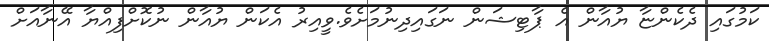
ކަމުގައި ދެކެންޏާ ޔުއާން އެ ޕާޓިޝަން ނަގައިދިނުމަށެވެ.ވީއިރު އެކަން ޔުއާން ނުކޮށްފިއްޔާ އޭނާާއަށް